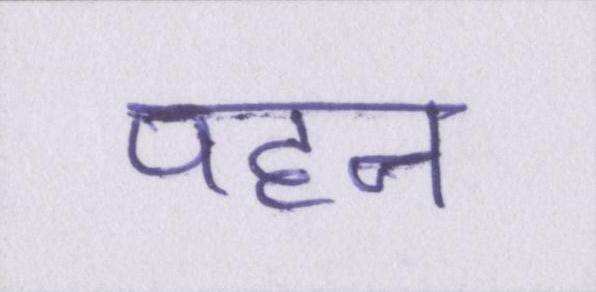
पहन